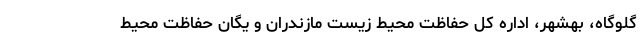
گلوگاه، بهشهر، اداره کل حفاظت محیط زیست مازندران و یگان حفاظت محیط